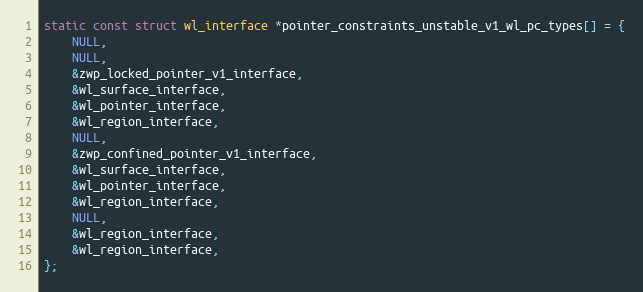
Language: C
static const struct wl_interface *pointer_constraints_unstable_v1_wl_pc_types[] = {
	NULL,
	NULL,
	&zwp_locked_pointer_v1_interface,
	&wl_surface_interface,
	&wl_pointer_interface,
	&wl_region_interface,
	NULL,
	&zwp_confined_pointer_v1_interface,
	&wl_surface_interface,
	&wl_pointer_interface,
	&wl_region_interface,
	NULL,
	&wl_region_interface,
	&wl_region_interface,
};